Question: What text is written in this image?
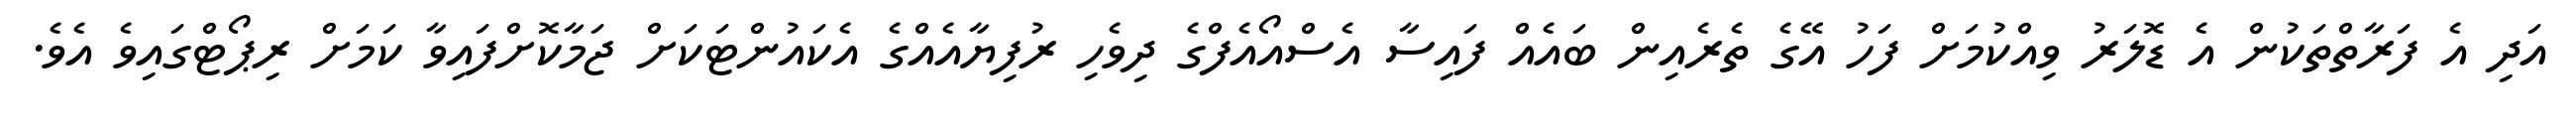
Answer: އަދި އެ ފަރާތްތަކުން އެ ޑޮލަރު ވިއްކުމަށް ފަހު އޭގެ ތެރެއިން ބައެއް ފައިސާ އެސްއޯއެފްގެ ދިވެހި ރުފިޔާއެއްގެ އެކައުންޓަކަށް ޖަމާކޮށްފައިވާ ކަމަށް ރިޕޯޓްގައިވެ އެވެ.